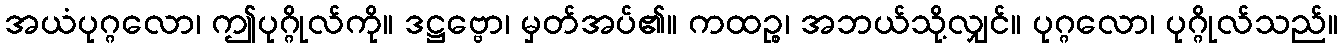
အယံပုဂ္ဂလော၊ ဤပုဂ္ဂိုလ်ကို။ ဒဋ္ဌဗ္ဗော၊ မှတ်အပ်၏။ ကထဉ္စ၊ အဘယ်သို့လျှင်။ ပုဂ္ဂလော၊ ပုဂ္ဂိုလ်သည်။